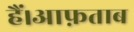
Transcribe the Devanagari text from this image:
हैं।आफ़ताब